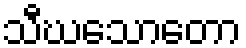
သီဃသောတော